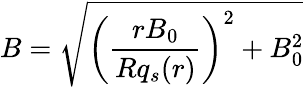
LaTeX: B=\sqrt{\left(\frac{rB_{0}}{Rq_{s}(r)}\right)^{2}+B_{0}^{2}}